Indian journal of veterinary science and animal husbandry - Volumes 22-23, 1952-1953
Year: 1952
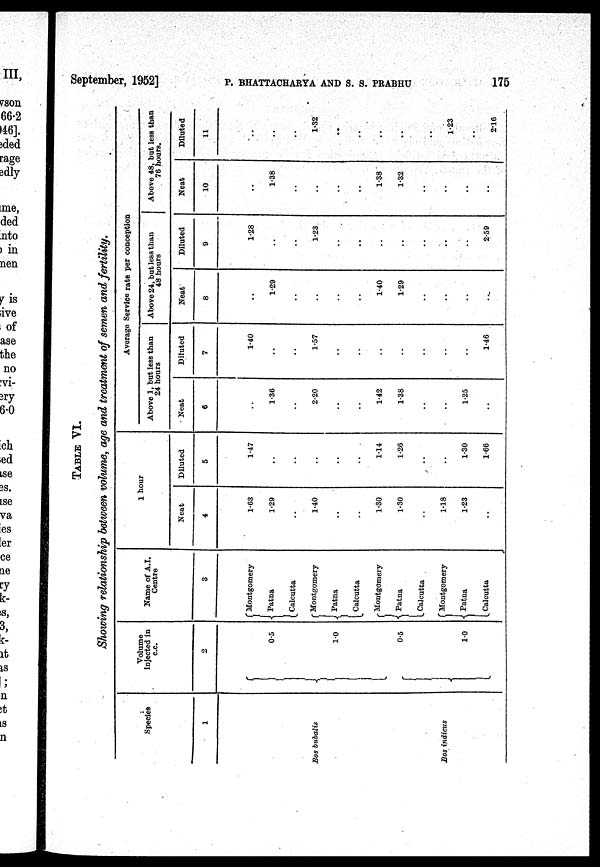
September, 1952] P. BHATTACHARYA AND S. S. PRABHU 175
TABLE VI.
Showing relationship between volume, age and, treatment of semen and fertility.
Species
1
Bos bubalis
Bos indicus
Volume
injected in
c.c.
2
0.5
1.0
0.5
1.0
Name of A.I.
Centre
3
Montgomery
Patna
Calcutta
Montgomery
Patna
Calcutta
Montgomery
Patna
Calcutta
Montgomery
Patna
Calcutta
1 hour
Neat
4
1.63
1.29
..
1.40
..
..
1.30
1.30
..
1.18
1.23
..
Diluted
5
1.47
..
..
..
..
..
1.14
1.26
..
..
1.30
1.66
Average Service rate per conception
Above 1, but less than
24 hours
Neat
6
..
1.36
..
2.20
..
..
1.42
1.38
..
..
1.25
..
Diluted
7
1.40
..
..
1.57
..
..
..
..
..
..
..
1.46
Above 24, but less than
48 hours
Neat
8
..
1.29
..
..
..
..
1.40
1.29
..
..
..
..
Diluted
9
1.28
..
..
1.23
..
..
..
..
..
..
..
2.59
Above 48, but less than
76 hours.
Neat
10
..
1.38
..
..
..
..
1.38
1.32
..
..
..
..
Diluted
11
..
..
..
1.32
..
..
..
..
..
1.23
..
2.16